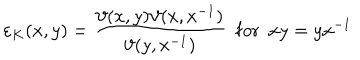
\varepsilon _ { K } ( x , y ) = \frac { \vartheta ( x , y ) \vartheta ( x , x ^ { - 1 } ) } { \vartheta ( y , x ^ { - 1 } ) } \, \, \, \mathrm { f o r } \, \, \, x y = y x ^ { - 1 }